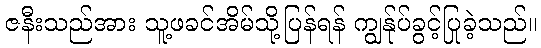
ဇနီးသည်အား သူ့ဖခင်အိမ်သို့ပြန်ရန် ကျွန်ုပ်ခွင့်ပြုခဲ့သည်။